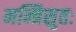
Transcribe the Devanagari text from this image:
मन्त्रिसुतः